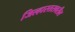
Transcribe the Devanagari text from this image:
जिल्हास्तरावरील